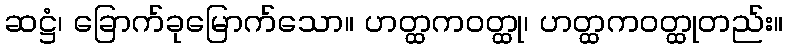
ဆဋ္ဌံ၊ ခြောက်ခုမြောက်သော။ ဟတ္ထကဝတ္ထု၊ ဟတ္ထကဝတ္ထုတည်း။